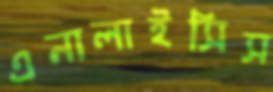
এনালাইসিস